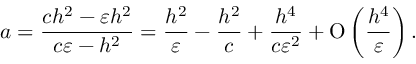
a = \frac { c h ^ { 2 } - \varepsilon h ^ { 2 } } { c \varepsilon - h ^ { 2 } } = \frac { h ^ { 2 } } { \varepsilon } - \frac { h ^ { 2 } } { c } + \frac { h ^ { 4 } } { c \varepsilon ^ { 2 } } + \ensuremath { \operatorname { O } \left( \frac { h ^ { 4 } } { \varepsilon } \right) } .